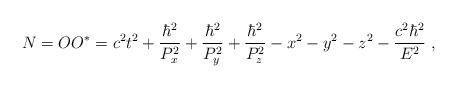
\begin{align*}N = OO^* = c^2t^2 + \frac{\hbar^2}{P_x^2}+ \frac{\hbar^2}{P_y^2} + \frac{\hbar^2}{P_z^2} - x^2 - y^2 - z^2 - \frac{c^2\hbar^2}{E^2} ~,\end{align*}